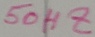
Text: 50HZ